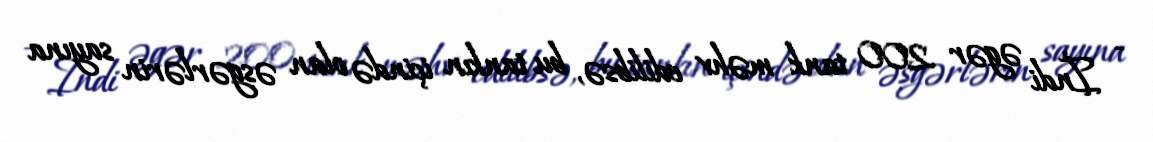
- İndi əgər 200 tank məhv edilibsə, bu tankın içində olan əsgərlərin sayına